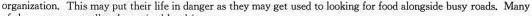
organization. This imay put their life in danger as they may get used to looking for food alongside busy roads. Many